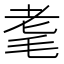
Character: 耄